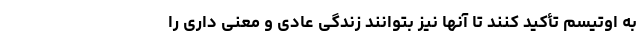
به اوتیسم تأکید کنند تا آنها نیز بتوانند زندگی عادی و معنی داری را